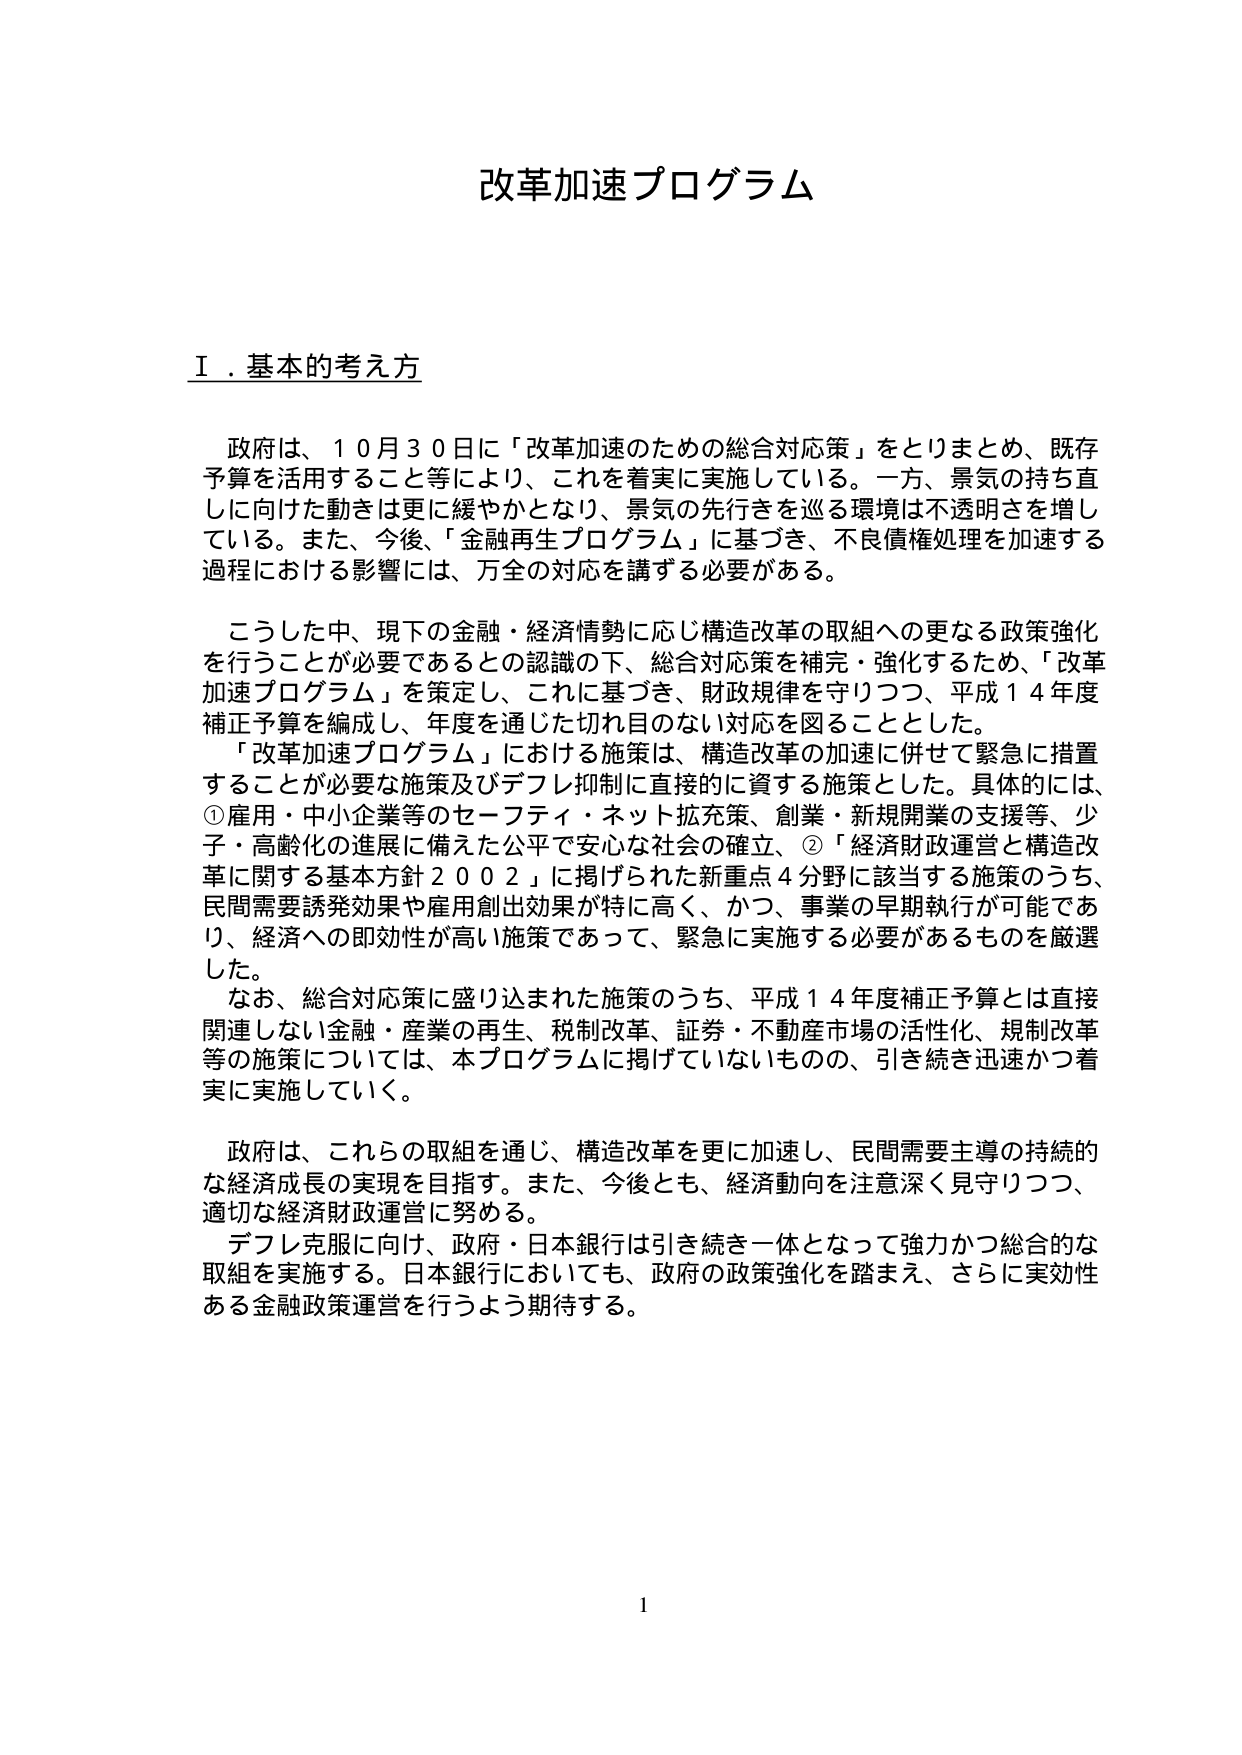
改革加速プログラム

Ⅰ．基本的考え方

政府は、１０月３０日に「改革加速のための総合対応策」をとりまとめ、既存予算を活用すること等により、これを着実に実施している。一方、景気の持ち直しに向けた動きは更に緩やかとなり、景気の先行きを巡る環境は不透明さを増している。また、今後、「金融再生プログラム」に基づき、不良債権処理を加速する過程における影響には、万全の対応を講ずる必要がある。

こうした中、現下の金融・経済情勢に応じ構造改革の取組への更なる政策強化を行うことが必要であるとの認識の下、総合対応策を補完・強化するため、「改革加速プログラム」を策定し、これに基づき、財政規律を守りつつ、平成１４年度補正予算を編成し、年度を通じた切れ目のない対応を図ることとした。

「改革加速プログラム」における施策は、構造改革の加速に併せて緊急に措置することが必要な施策及びデフレ抑制に直接的に資する施策とした。具体的には、①雇用・中小企業等のセーフティ・ネット拡充策、創業・新規開業の支援等、少子・高齢化の進展に備えた公平で安心な社会の確立、②「経済財政運営と構造改革に関する基本方針２００２」に掲げられた新重点４分野に該当する施策のうち、民間需要誘発効果や雇用創出効果が特に高く、かつ、事業の早期執行が可能であり、経済への即効性が高い施策であって、緊急に実施する必要があるものを厳選した。

なお、総合対応策に盛り込まれた施策のうち、平成１４年度補正予算とは直接関連しない金融・産業の再生、税制改革、証券・不動産市場の活性化、規制改革等の施策については、本プログラムに掲げていないものの、引き続き迅速かつ着実に実施していく。

政府は、これらの取組を通じ、構造改革を更に加速し、民間需要主導の持続的な経済成長の実現を目指す。また、今後とも、経済動向を注意深く見守りつつ、適切な経済財政運営に努める。

デフレ克服に向け、政府・日本銀行は引き続き一体となって強力かつ総合的な取組を実施する。日本銀行においても、政府の政策強化を踏まえ、さらに実効性ある金融政策運営を行うよう期待する。

1